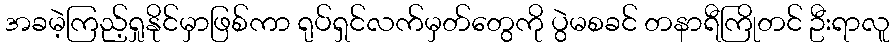
အခမဲ့ကြည့်ရှုနိုင်မှာဖြစ်ကာ ရုပ်ရှင်လက်မှတ်တွေကို ပွဲမစခင် တနာရီကြိုတင် ဦးရာလူ